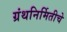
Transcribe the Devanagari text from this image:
ग्रंथनिर्मितीचे